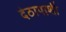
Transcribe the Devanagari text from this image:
देठापाशी